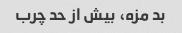
بد مزه، بیش از حد چرب